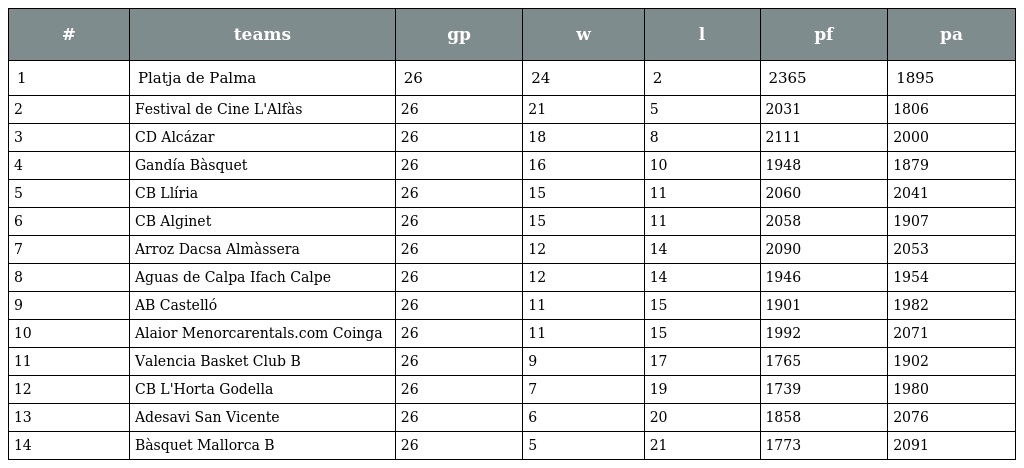
| # | teams | gp | w | l | pf | pa |
 | --- | --- | --- | --- | --- | --- | --- |
 | 1 | Platja de Palma | 26 | 24 | 2 | 2365 | 1895 |
 | 2 | Festival de Cine L'Alfàs | 26 | 21 | 5 | 2031 | 1806 |
 | 3 | CD Alcázar | 26 | 18 | 8 | 2111 | 2000 |
 | 4 | Gandía Bàsquet | 26 | 16 | 10 | 1948 | 1879 |
 | 5 | CB Llíria | 26 | 15 | 11 | 2060 | 2041 |
 | 6 | CB Alginet | 26 | 15 | 11 | 2058 | 1907 |
 | 7 | Arroz Dacsa Almàssera | 26 | 12 | 14 | 2090 | 2053 |
 | 8 | Aguas de Calpa Ifach Calpe | 26 | 12 | 14 | 1946 | 1954 |
 | 9 | AB Castelló | 26 | 11 | 15 | 1901 | 1982 |
 | 10 | Alaior Menorcarentals.com Coinga | 26 | 11 | 15 | 1992 | 2071 |
 | 11 | Valencia Basket Club B | 26 | 9 | 17 | 1765 | 1902 |
 | 12 | CB L'Horta Godella | 26 | 7 | 19 | 1739 | 1980 |
 | 13 | Adesavi San Vicente | 26 | 6 | 20 | 1858 | 2076 |
 | 14 | Bàsquet Mallorca B | 26 | 5 | 21 | 1773 | 2091 |